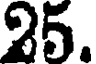
25.